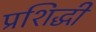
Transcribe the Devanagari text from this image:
प्रशिद्धी